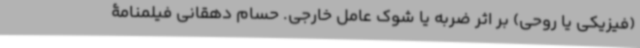
(فیزیکی یا روحی) بر اثر ضربه یا شوک عامل خارجی. حسام دهقانی فیلمنامۀ